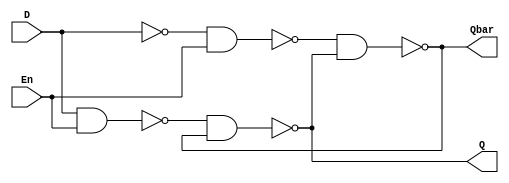

module D_latch(Q,Qbar,En,D);

output Q, Qbar;
input En, D;

wire Dn;//not D
not(Dn,D);
wire n1_out;//output of n1
wire n2_out;//output of n2

nand n1(n1_out,D,En);
nand n2(n2_out,Dn,En);
nand s1(Q,n1_out,Qbar);
nand s2(Qbar,n2_out,Q);

endmodule


module Top;

wire q,qbar;
reg d,en;

D_latch mylatch(q,qbar,en,d);

initial
begin
 $monitor($time," D= %b, En= %b, Q= %b Qbar= %b",d,en,q,qbar);
end

initial
begin
d= 1'b0; en= 1'b0;

#5 en=1'b0; d=1'b1;

#5 en=1'b0; d=1'b0;

#2 en=1'b1; d=1'b0;

#3 en=1'b1; d=1'b1;

#5 en=1'b1; d=1'b0;

#5 en=1'b1; d=1'b1;

#2 en=1'b0; d=1'b1;

#3 en=1'b0; d=1'b0;

end

endmodule